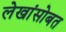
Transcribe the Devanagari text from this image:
लेखांसोबत